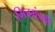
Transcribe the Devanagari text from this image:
मित्रमंडळी